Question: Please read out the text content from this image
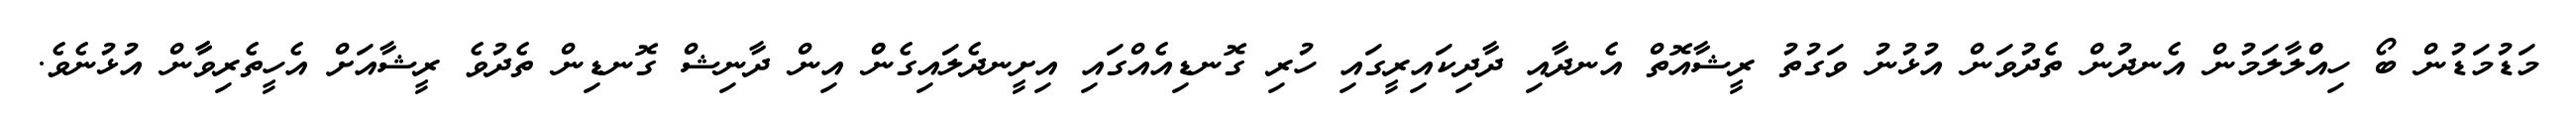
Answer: މަޑުމަޑުން ބޯ ހިއްްލާލަމުން އެނދުން ތެދުވަން އުޅުނު ވަގުތު ރީޝާއޮތް އެނދާއި ދާދިކައިރީގައި ހުރި ގޮނޑިއެއްގައި އިށީނދެލައިގެންް އިން ދާނިޝް ގޮނޑިން ތެދުވެ ރީޝާއަށް އެހީތެރިވާާން އުޅުނެވެ.